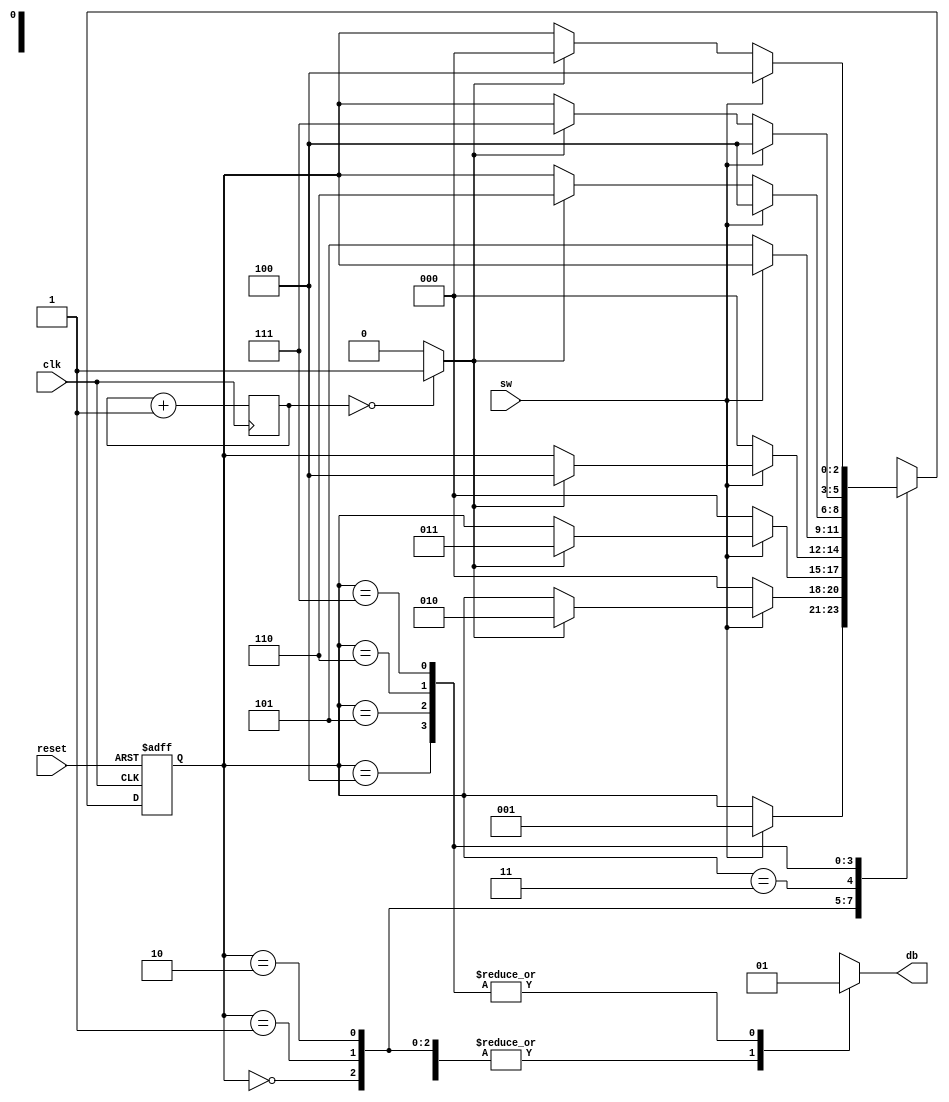
module db_circuit (clk, reset, sw, db);

input clk, reset;
input sw;
output reg db;

localparam [2:0]
    zero = 3'b000,
    wait1_1 = 3'b001,
    wait1_2 = 3'b010,
    wait1_3 = 3'b011,
    one = 3'b100,
    wait0_1 = 3'b101,
    wait0_2 = 3'b110,
    wait0_3 = 3'b111;

//number of counter bits (2^n * 20ns = 10ms tick)
localparam N = 19;
//signal declaration

reg [N-1:0] q_reg; // because q_reg <= q_next;
wire [N-1:0] q_next;
wire m_tick;
reg [2:0] state_reg, state_next;

//counter to generate 10ms tick
always @(posedge clk)
    q_reg <= q_next;
assign q_next = q_reg + 1;
assign m_tick = (q_reg == 0) ? 1'b1: 1'b0;


always @(posedge clk, posedge reset)
    if(reset)
        state_reg <= zero;
    else
        state_reg <= state_next;

//next-state logic and output logic
always@(*) begin 

    state_next = state_reg;
    db = 1'b0;
    case(state_reg)
        zero:
            if(sw) 
                state_next = wait1_1;
        wait1_1:
            if(~sw)
                state_next = zero;
            else
                if(m_tick)
                    state_next = wait1_2;
        wait1_2:
            if(~sw)
                state_next = zero;
            else
                if(m_tick)
                    state_next = wait1_3;
        wait1_3:
            if(~sw)
                state_next = zero;
            else
                if(m_tick)
                    state_next = one;
        one:
        begin
            db = 1'b1;
            if(~sw)
                state_next = wait0_1;
        end
        wait0_1:
        begin
            db = 1'b1;
            if(sw)
                state_next = one;
            else
                if(m_tick)
                    state_next = wait0_2;
        end
        wait0_2:
        begin
            db = 1'b1;
            if(sw)
                state_next = one;
            else
                if(m_tick)
                    state_next = wait0_3;
        end
        wait0_3:
        begin
            db = 1'b1;
            if(sw)
                state_next = one;
            else    
                if(m_tick)
                    state_next = zero;
        end
        default: state_next = zero;
    endcase
end    
endmodule